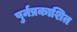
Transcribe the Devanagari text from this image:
पुर्नप्रकाशित